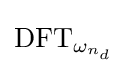
{\text{DFT}}_{\omega _{n_{d}}}